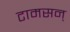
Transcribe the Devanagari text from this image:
टामसन्